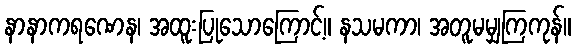
နာနာကရဏေန၊ အထူးပြုသောကြောင့်။ နသမကာ၊ အတူမမျှကြကုန်။